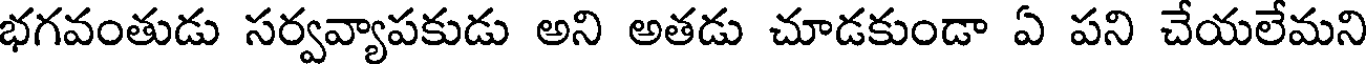
భగవంతుడు సర్వవ్యాపకుడు అని అతడు చూడకుండా ఏ పని చేయలేమని